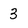
Character: 3